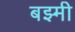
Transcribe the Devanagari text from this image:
बझ्मी